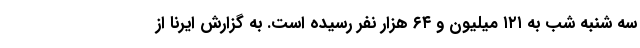
سه شنبه شب به ۱۲۱ میلیون و ۶۴ هزار نفر رسیده است. به گزارش ایرنا از